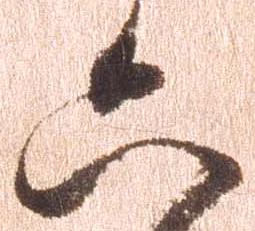
六